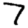
Digit: 7